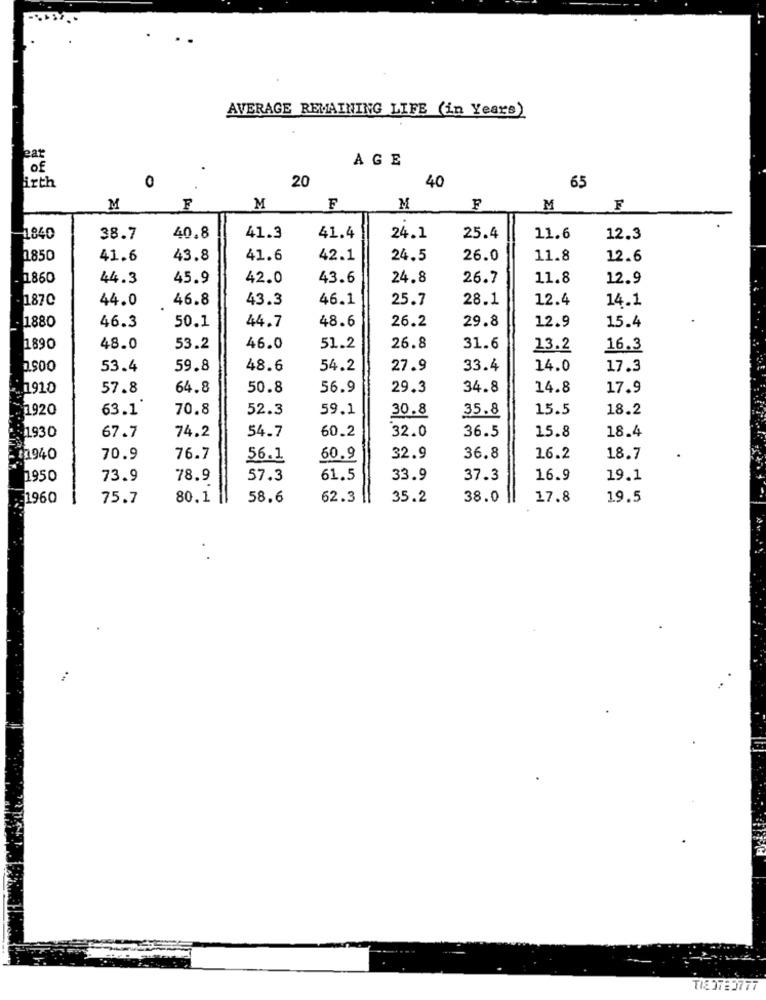
AVERAGE REMAINING LIFE (in Years)
AGE
Of
20
irth
0
40
65
M
F
M
F
M
M
F
-1840
38.7
40.8
41.3
41.4
24.1
25.4
11.6
12.3
2850
41.6
43.8
41.6
42.1
24.5
26.0
11.8
12.6
11860
44.3
45.9
42.0
43.6
24.8
26.7
11.8
12.9
1870
44.0
46.8
43.3
46.1
25.7
28.1
12.4
14.1
44.7
26.2
29.8
12.9
. 1880
46.3
50.1
48.6
15.4
1890
48.0
53.2
46.0
51.2
26.8
31.6
13.2
16.3
53.4
59.8
48.6
54.2
27.9
33.4
14.0
17.3
... 1910
57.8
64.8
50.8
56.9
29.3
34.8
14.8
17.9
1920
63.1
70.8
52.3
59.1
30.8
35.8
15.5
18.2
74.2
54.7
60.2
32.0
15.8
18.4
1930
67.7
36.5
- 11940
70.9
76.7
56.1
60.9
32.9
36.8
16.2
18.7
1950
73.9
78.9
57.3
61.5
33.9
37.3
16.9
19.1
.- 1960
75.7
80,1
58.6
62.3
35.2
38.0
17.8
19.5
TIE 37:3777